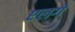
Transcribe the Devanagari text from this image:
एलगे